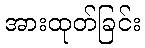
အားထုတ်ခြင်း